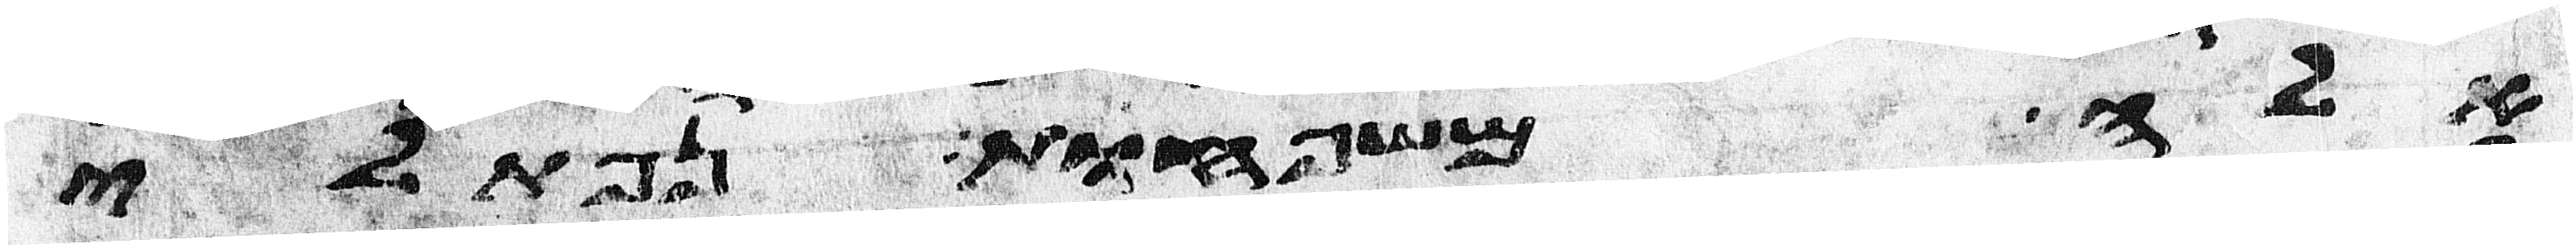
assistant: אלה משפחות נפתלי